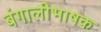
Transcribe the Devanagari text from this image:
बंगालीभाषक